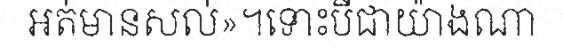
អត់មានសល់»។ទោះបីជាយ៉ាងណា